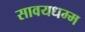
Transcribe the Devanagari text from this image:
सावयधम्म